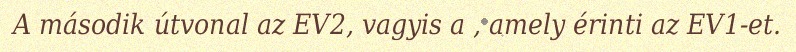
A második útvonal az EV2, vagyis a , amely érinti az EV1-et.